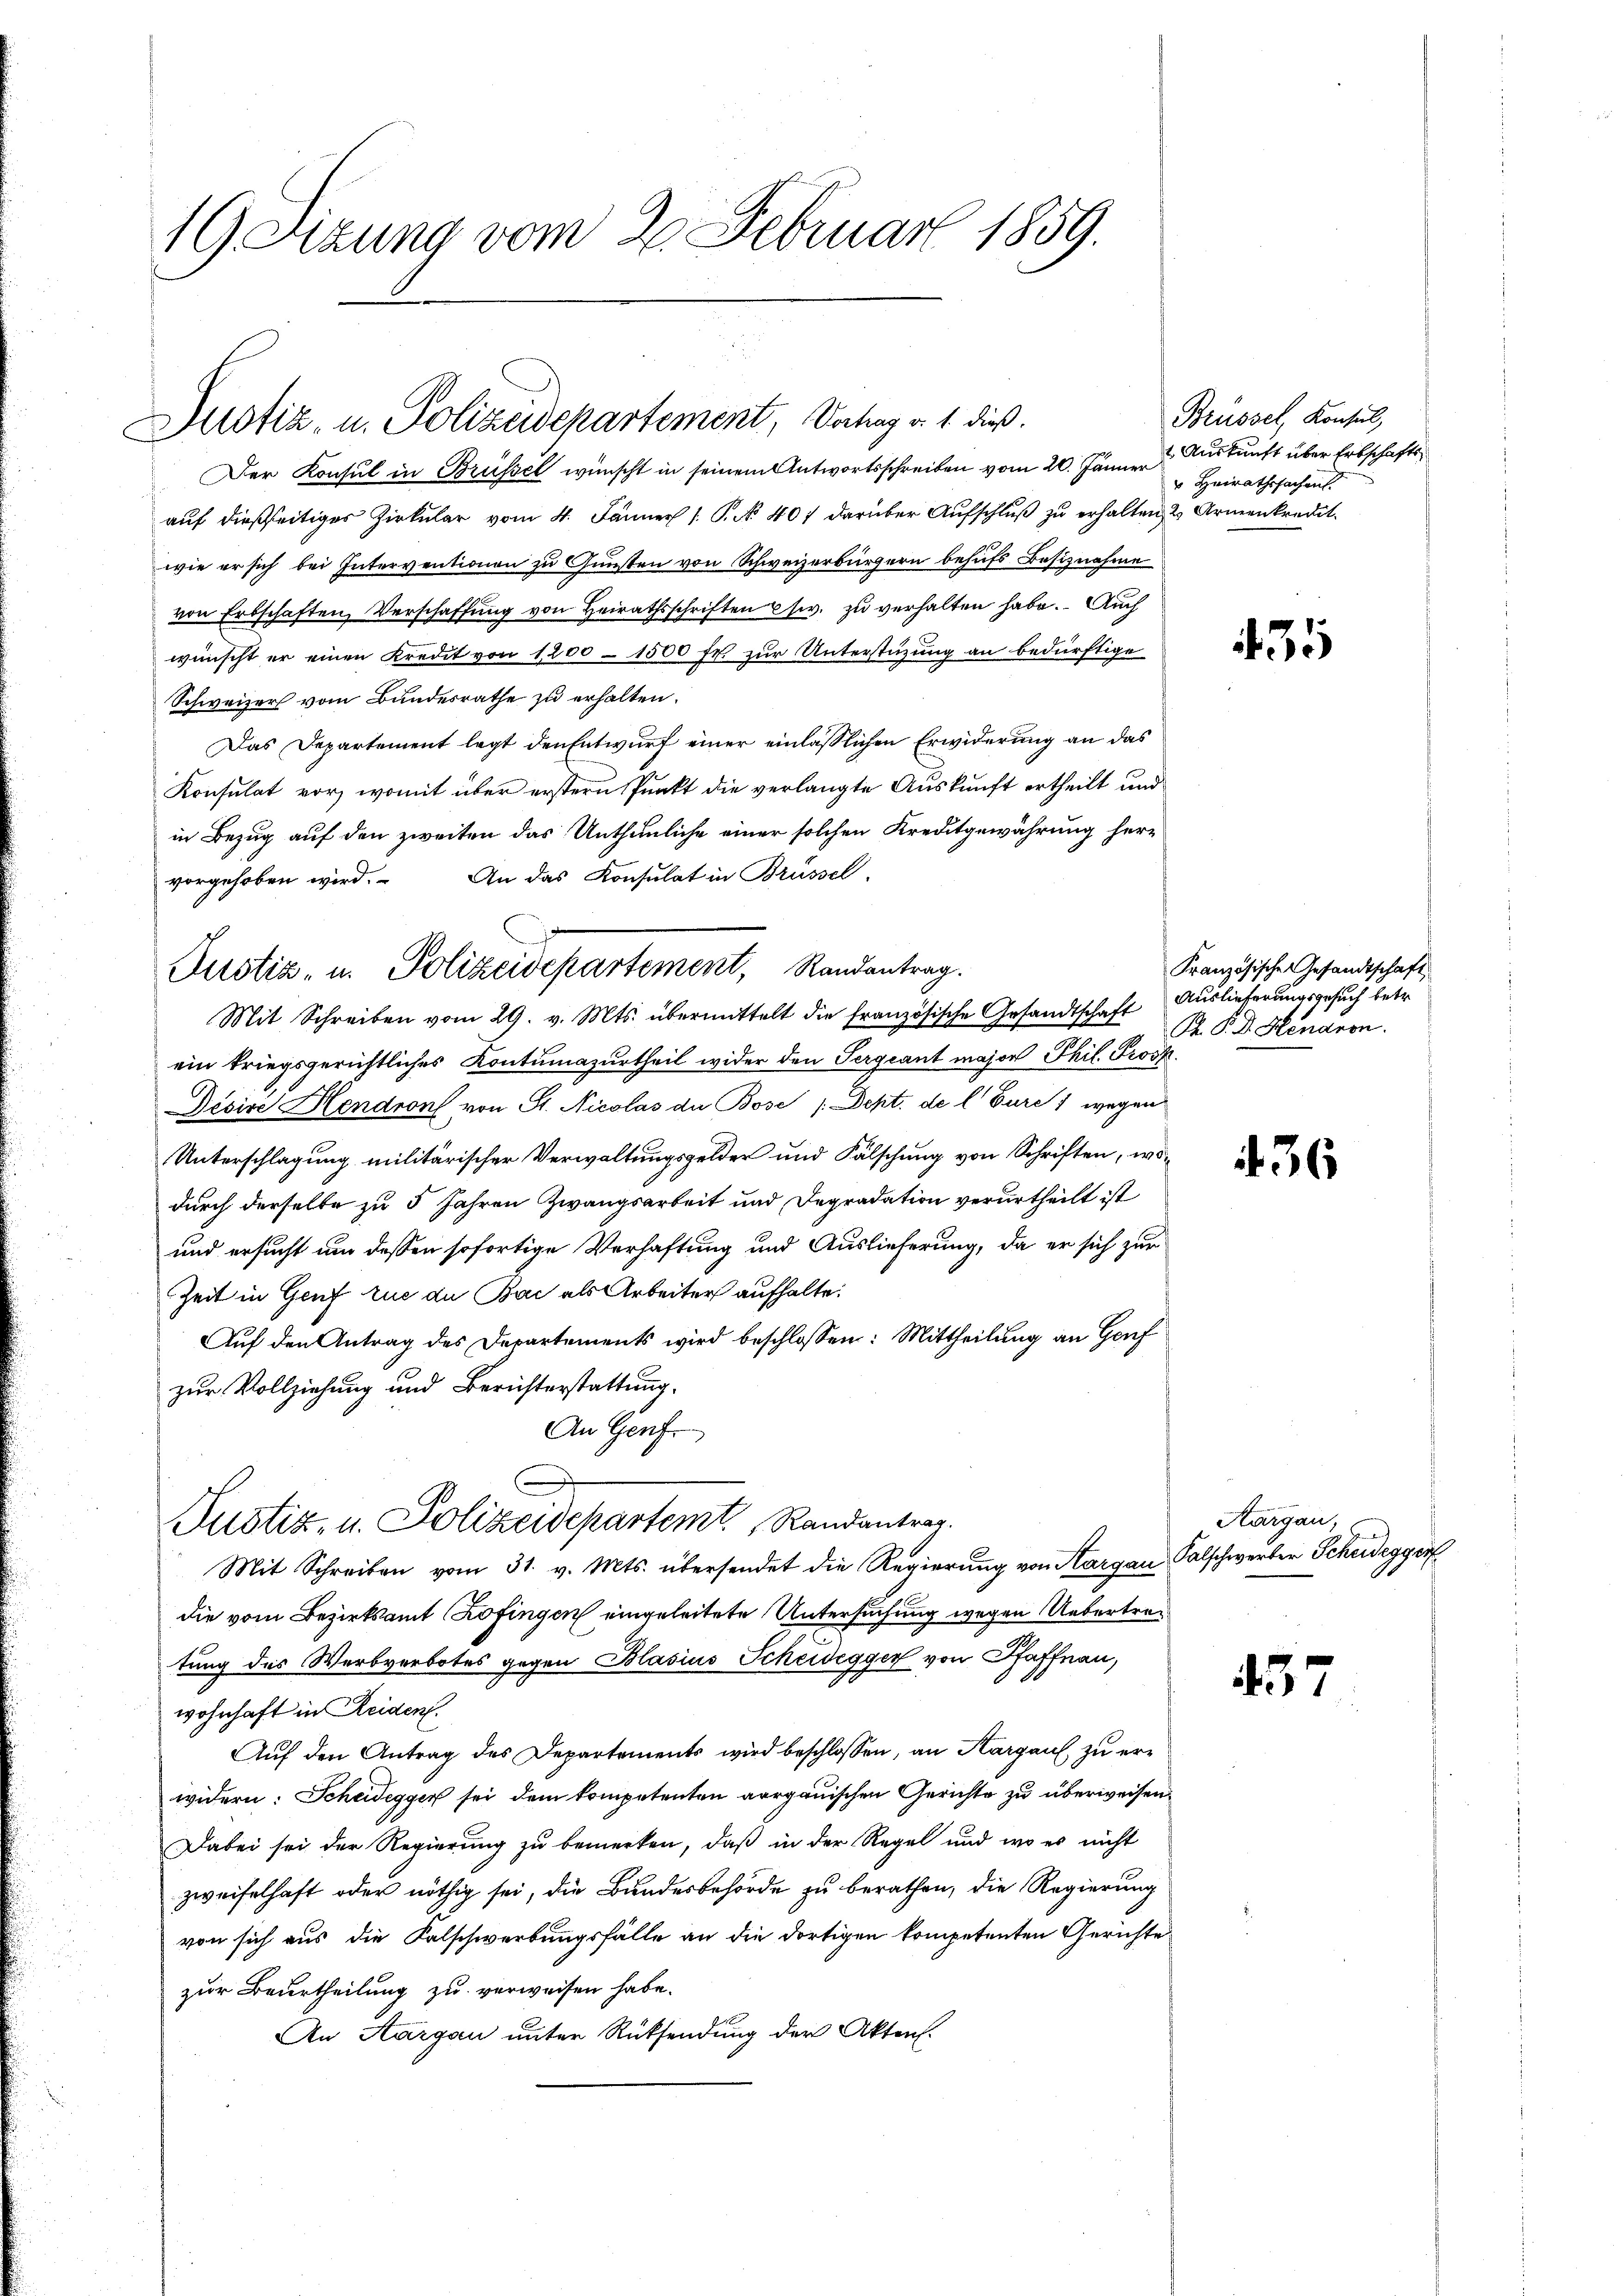
19sizung vom 2. Februar 1859.

Justiz- u. Polizeidepartement, Vertrag v. 1. dieß.

Justiz- u. Polizeidepartement, Randantrag.

Der Konsul in Brüssel wünscht in seinem Antwortsschreiben vom 20. Jänner Auskunft über Erbschaftsaŭf dießseitiger Zirkŭlar vom 4. Jänner 1. P. No. 407 darüber Aŭfschlŭβ zŭ erhalten & Armenkredit.
wie er sich bei Interventionen zu Gunsten von Schweizerbürgern behufs Besiznahme
von Erbschaften, Verschaffŭng von Heirathsschriften usw. zu verhalten habe. Auch
wünscht er einen Kredit von 1200 - 1500 fr. zur Unterstüzung an bedürftige
Schweizer vom Bundesrathe zu erhalten.
Das Departement legt den Entwurf einer einlässlichen Erwiderung an das
Konsulat vor, womit über erstern Punkt die verlangte Auskunft ertheilt und
in Bezug auf den zweiten das Unthunliche einer solchen Kreditgewährung hervorgehoben wird. An das Konsulat in Brüssel
Mit Schreiben vom 29. v. Mts. übermittelt die französische Gesandtschaft
ein kriegsgerichtliches Kontumazurtheil wider den Sergiant major Phil. Prosp
Pésire Hendrons von St. Nicolas die Bose / Deht. de l. Furc 1 wegen
Unterschlagung militärischer Verwaltungsgelder und Fälschung von Schriften, wodurch derselbe zu 5 Jahren Zwangsarbeit und Degradation verurtheilt ist
und ersucht um dessen sofortige Verhaftung und Auslieferung, da er sich zur
Zeit in Genf zue du Bac als Arbeiter aufhalte.
Auf den Antrag des Departements wird beschlossen: Mittheilung an Genf
zur Vollziehung und Berichterstattung.
An Genf.
Justiz- u. Polizeidepartemt. Randantrag.
Mit Schreiben vom 31. v. Mts. übersendet die Regierŭng von Aargau, Salschwerber Scheidegger
die vom Bezirksamt Zofingen eingeleitete Untersuchung wegen Uebertratung des Werbverbotes gegen Blasius Scheidegger von Pfaffnau,
wohnhaft in Reiden.
Auf den Antrag des Departements wird beschlossen, an Thurgau, zu erwidern: Scheidegger sei dem kompetenten aargauischen Gerichte zu überweisen.
Dabei sei der Regierung zu bemerken, daß in der Regel und wo es nicht
zweifelhaft oder nöthig sei, die Bundesbehörde zu berathen, die Regierung
von sich aus die Kalschwerbungsfälle an die dortigen kompetenten Gerichte
zur Beurtheilung zu verweisen habe.
An Aargau unter Rücksendung der Akten.

Brüssel, Konsul,
r Heirathssachens

435

436

457

Französische Gesandtschaft
Auslieferungsgesuch betr.
R. P. D. Hendron.

Aargau,